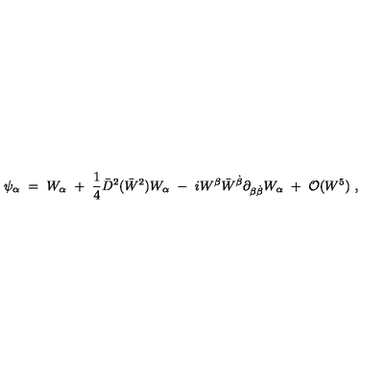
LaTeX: \psi _ { \alpha } \ = \ W _ { \alpha } \ + \ { \frac { 1 } { 4 } } \bar { D } ^ { 2 } ( \bar { W } ^ { 2 } ) W _ { \alpha } \ - \ i W ^ { \beta } \bar { W } ^ { \dot { \beta } } \partial _ { \beta \dot { \beta } } W _ { \alpha } \ + \ { \cal O } ( W ^ { 5 } ) \ ,